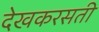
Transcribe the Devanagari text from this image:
देखकरसती